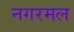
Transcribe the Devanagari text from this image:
नगरमल